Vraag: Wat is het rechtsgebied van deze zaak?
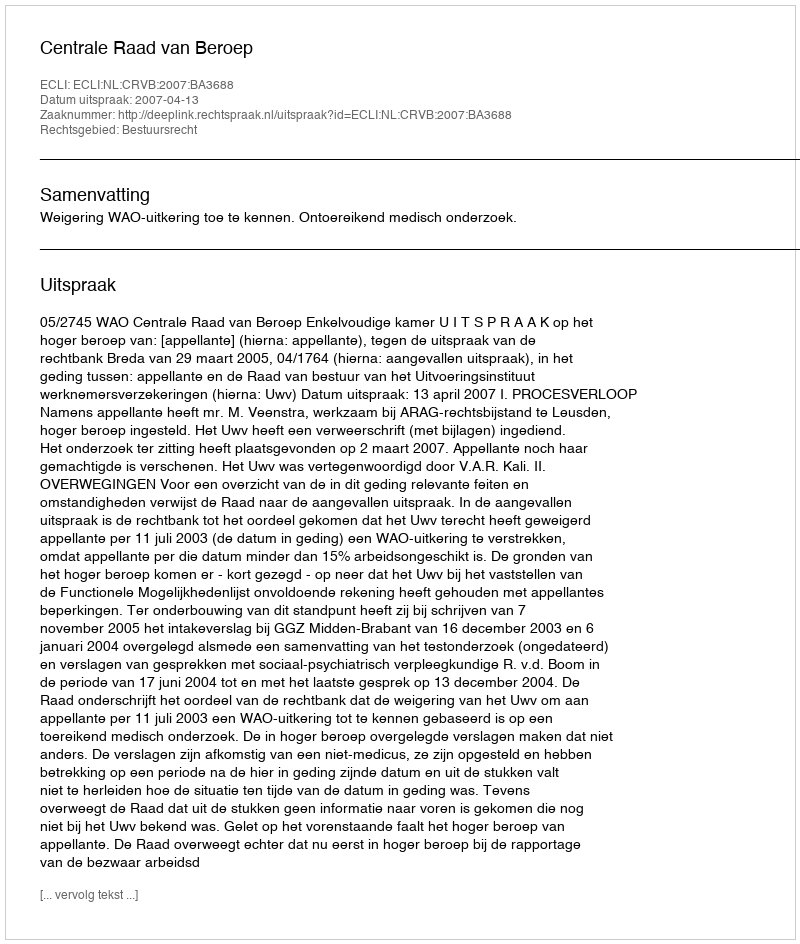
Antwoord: Bestuursrecht